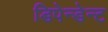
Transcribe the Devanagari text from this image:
डिपेन्डेन्ट